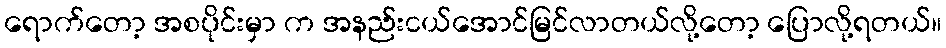
ရောက်တော့ အစပိုင်းမှာ က အနည်းငယ်အောင်မြင်လာတယ်လို့တော့ ပြောလို့ရတယ်။